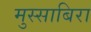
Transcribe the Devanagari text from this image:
मुस्साबिरा